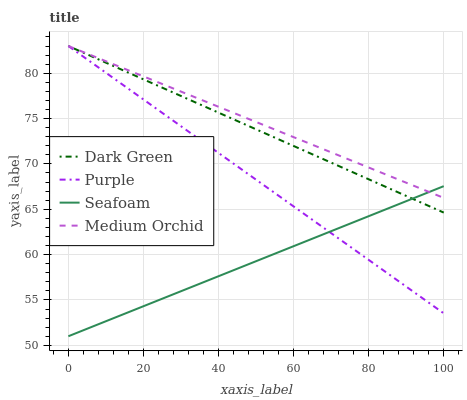
| xaxis_label | Dark Green | Purple | Seafoam | Medium Orchid |
 | --- | --- | --- | --- | --- |
 | 0 | 83 | 83 | 51 | 83 |
 | 9.09 | 81.3 | 80.3 | 52.5 | 81.5 |
 | 18.2 | 79.7 | 77.6 | 54 | 80 |
 | 27.3 | 78 | 75 | 55.5 | 78.4 |
 | 36.4 | 76.3 | 72.3 | 57 | 76.9 |
 | 45.5 | 74.7 | 69.6 | 58.5 | 75.4 |
 | 54.5 | 73 | 66.9 | 60 | 73.9 |
 | 63.6 | 71.3 | 64.2 | 61.5 | 72.3 |
 | 72.7 | 69.6 | 61.6 | 63 | 70.8 |
 | 81.8 | 68 | 58.9 | 64.5 | 69.3 |
 | 90.9 | 66.3 | 56.2 | 66 | 67.8 |
 | 100 | 64.6 | 53.5 | 67.5 | 66.3 |